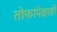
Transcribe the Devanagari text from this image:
तोफांपेक्षाही